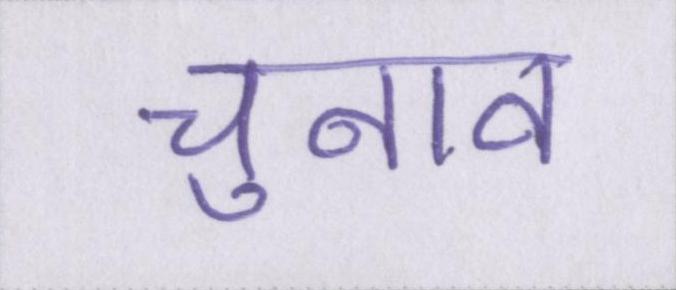
चुनाव